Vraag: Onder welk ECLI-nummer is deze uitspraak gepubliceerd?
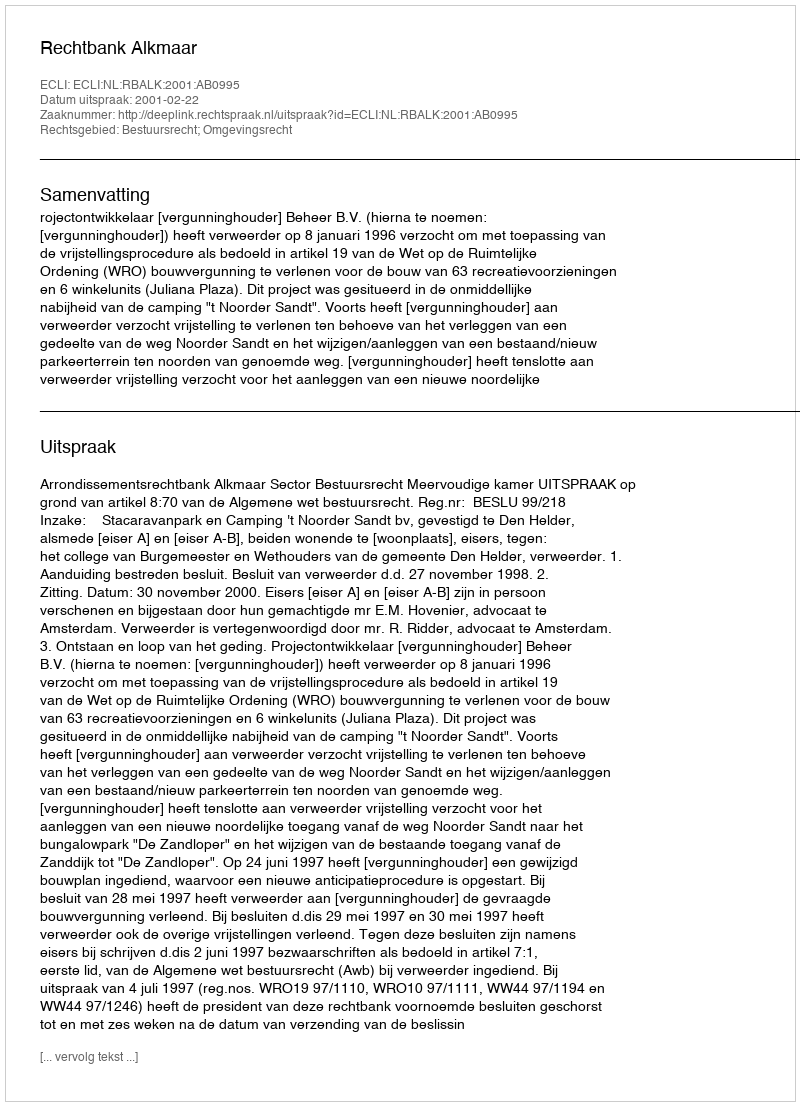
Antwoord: ECLI:NL:RBALK:2001:AB0995